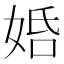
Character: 𡜶